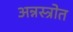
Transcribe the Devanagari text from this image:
अन्नस्त्रोत